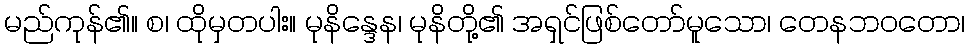
မည်ကုန်၏။ စ၊ ထိုမှတပါး။ မုနိန္ဒေန၊ မုနိတို့၏ အရှင်ဖြစ်တော်မူသော၊ တေနဘဝတော၊